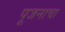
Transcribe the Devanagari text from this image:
पूजनाचा